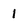
Character: 1